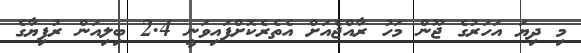
މި ދިޔަ އަހަރުގެ ޖޫން މަހު ރާއްޖެއަށް އެތެރެކޮށްފައިވަނީ 2.4 ބިލިއަން ރުފިޔާގެ